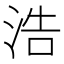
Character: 浩